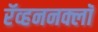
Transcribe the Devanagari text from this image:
रॅव्हननक्लॉ